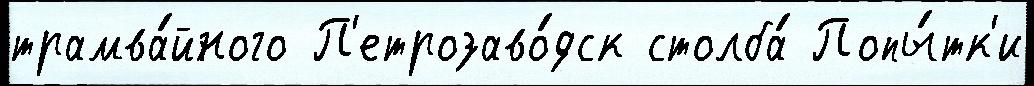
трамва́йного П'етрозаво́дск столба́ Попы́тк'и